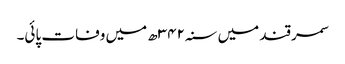
سمرقند میں سنہ۳۴۲ھ میں وفات پائی۔